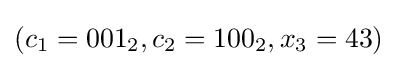
(c_{1}=001_{2},c_{2}=100_{2},x_{3}=43)